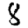
Digit: 8